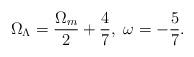
LaTeX: \begin{align*}\Omega_{\Lambda}=\frac{\Omega_m}{2}+\frac{4}{7},\ \omega =-\frac{5}{7}.\end{align*}